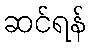
ဆင်ရန်